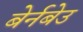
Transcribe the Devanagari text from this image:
बेर्नबेउ